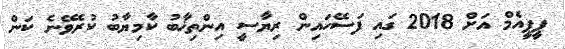
ޕީޕީއެމް އަށް 2018 ގައި ފަސޭހައިން ރިޔާސީ އިންތިޚާބު ކާމިޔާބު ކުރެވޭނެ ކަން